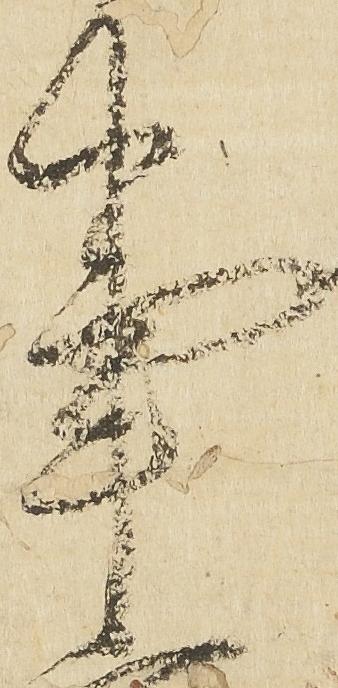
事